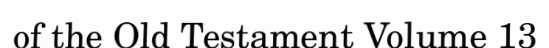
of the Old Testament Volume 13